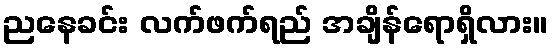
ညနေခင်း လက်ဖက်ရည် အချိန်ရောရှိလား။